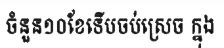
ចំនួន១០ខែទើបចប់ស្រេច ក្នុង